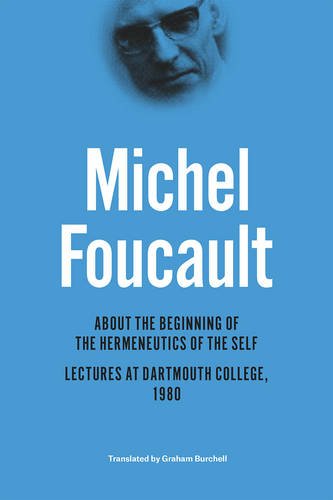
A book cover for About the Beginning of the Hermeneutics of the Self: Lectures at Dartmouth College, 1980; Michel Foucault; Politics & Social Sciences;